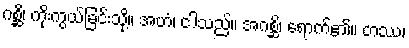
ဂစ္ဆိ၊ ကိုးကွယ်ခြင်းသို့။ အဟံ၊ ငါသည်။ အဂစ္ဆိ၊ ရောက်၏။ တဿ၊